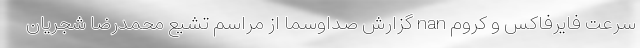
سرعت فایرفاکس و کروم nan گزارش صداوسما از مراسم تشیع محمدرضا شجریان